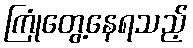
ကြုံတွေ့နေရသည့်